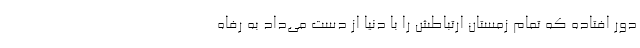
دور افتاده که تمام زمستان ارتباطش را با دنیا از دست می‌داد به رفاه